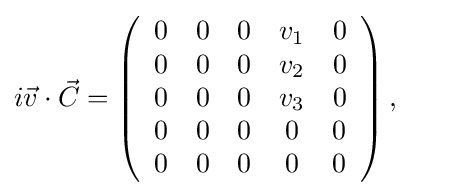
i{\vec {v}}\cdot {\vec {C}}=\left({\begin{array}{ccccc}0&0&0&v_{1}&0\\0&0&0&v_{2}&0\\0&0&0&v_{3}&0\\0&0&0&0&0\\0&0&0&0&0\\\end{array}}\right),\qquad